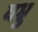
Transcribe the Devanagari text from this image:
वभ्रु